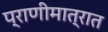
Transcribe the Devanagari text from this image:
प्राणीमात्रात